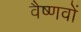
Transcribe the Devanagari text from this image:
वैष्‍णवों